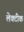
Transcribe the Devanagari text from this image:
लेक्टीक